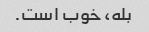
بله، خوب است.